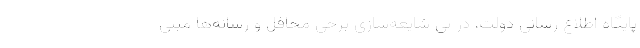
پایگاه اطلاع رسانی دولت، در پی شایعه‌سازی برخی محافل و رسانه‌ها مبنی